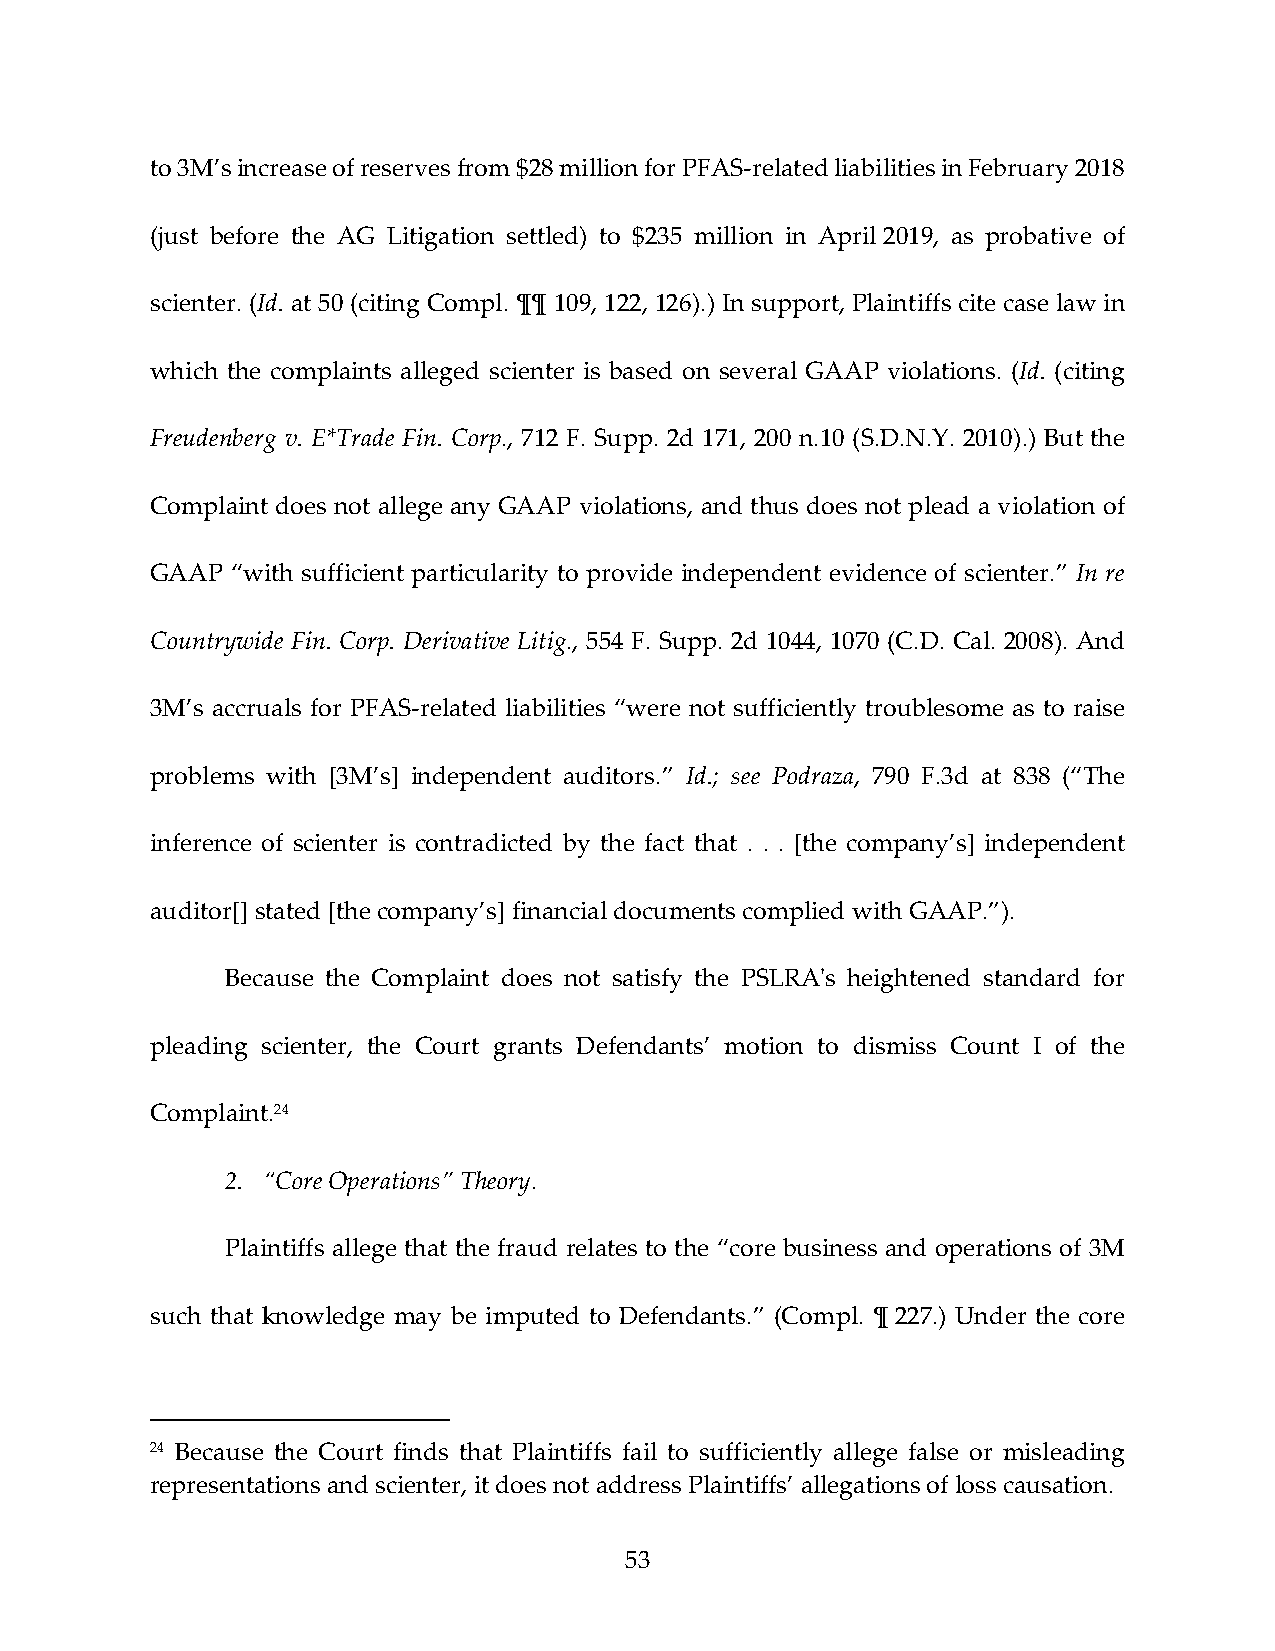
to 3M’s increase of reserves from $28 million for PFAS‐related liabilities in February 2018
 (just before the AG Litigation settled) to $235 million in April 2019, as probative of
 scienter. (Id. at 50 (citing Compl. ¶¶ 109, 122, 126).) In support, Plaintiffs cite case law in
 which the complaints alleged scienter is based on several GAAP violations. (Id. (citing
 Freudenberg v. E*Trade Fin. Corp., 712 F. Supp. 2d 171, 200 n.10 (S.D.N.Y. 2010).) But the
 Complaint does not allege any GAAP violations, and thus does not plead a violation of
 GAAP “with sufficient particularity to provide independent evidence of scienter.” In re
 Countrywide Fin. Corp. Derivative Litig., 554 F. Supp. 2d 1044, 1070 (C.D. Cal. 2008). And
 3M’s accruals for PFAS‐related liabilities “were not sufficiently troublesome as to raise
 problems with [3M’s] independent auditors.” Id.; see Podraza, 790 F.3d at 838 (“The
 inference of scienter is contradicted by the fact that . . . [the company’s] independent
 auditor[] stated [the company’s] financial documents complied with GAAP.”).
 Because the Complaint does not satisfy the PSLRAʹs heightened standard for
 pleading scienter, the Court grants Defendants’ motion to dismiss Count I of the
 Complaint.24
 2. “Core Operations” Theory.
 Plaintiffs allege that the fraud relates to the “core business and operations of 3M
 such that knowledge may be imputed to Defendants.” (Compl. ¶ 227.) Under the core
 24 Because the Court finds that Plaintiffs fail to sufficiently allege false or misleading
 representations and scienter, it does not address Plaintiffs’ allegations of loss causation.
 53